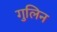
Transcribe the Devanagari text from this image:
गुलिन